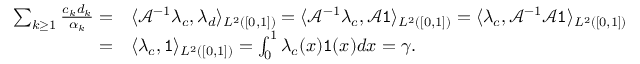
\begin{array} { r l } { \sum _ { k \geq 1 } \frac { c _ { k } d _ { k } } { \alpha _ { k } } = } & { \langle \mathcal { A } ^ { - 1 } \lambda _ { c } , \lambda _ { d } \rangle _ { L ^ { 2 } ( [ 0 , 1 ] ) } = \langle \mathcal { A } ^ { - 1 } \lambda _ { c } , \mathcal { A } \mathtt { 1 } \rangle _ { L ^ { 2 } ( [ 0 , 1 ] ) } = \langle \lambda _ { c } , \mathcal { A } ^ { - 1 } \mathcal { A } \mathtt { 1 } \rangle _ { L ^ { 2 } ( [ 0 , 1 ] ) } } \\ { = } & { \langle \lambda _ { c } , \mathtt { 1 } \rangle _ { L ^ { 2 } ( [ 0 , 1 ] ) } = \int _ { 0 } ^ { 1 } \lambda _ { c } ( x ) \mathtt { 1 } ( x ) d x = \gamma . } \end{array}